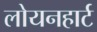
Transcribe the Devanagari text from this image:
लोयनहार्ट